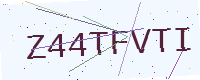
Text: Z44TFVTI